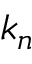
k _ { n }